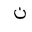
Letter: _non